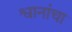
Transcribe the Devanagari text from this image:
श्वानांचा